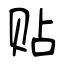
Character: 贴